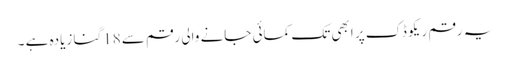
یہ رقم ریکو ڈک پر ابھی تک کمائی جانے والی رقم سے 18گنا زیادہ ہے ۔